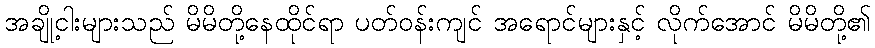
အချို့ငါးများသည် မိမိတို့နေထိုင်ရာ ပတ်ဝန်းကျင် အရောင်များနှင့် လိုက်အောင် မိမိတို့၏